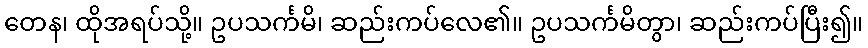
တေန၊ ထိုအရပ်သို့။ ဥပသင်္ကမိ၊ ဆည်းကပ်လေ၏။ ဥပသင်္ကမိတွာ၊ ဆည်းကပ်ပြီး၍။